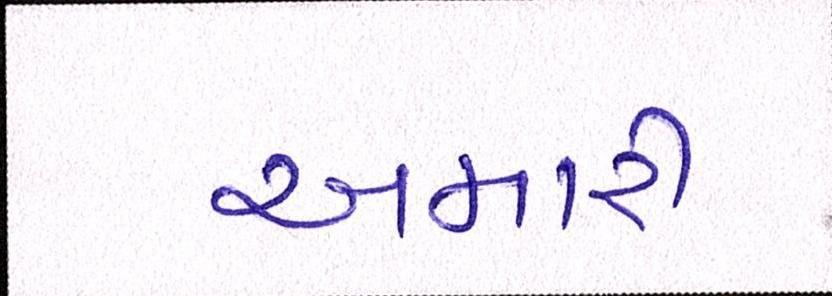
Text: અમારી